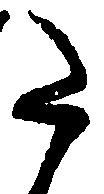
た